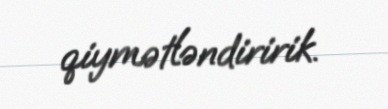
qiymətləndiririk.